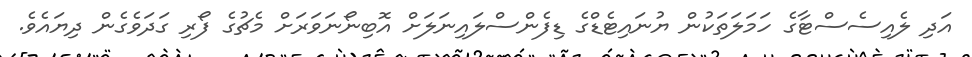
އަދި ލެއިސެސްޓާގެ ހަމަލަތަކުން ޔުނައިޓެޑްގެ ޑިފެންސްލައިނަލަށް އޮބިނޯނަވަރަށް މެޗުގެ ފޯރި ގަދަވެގެން ދިޔައެވެ.